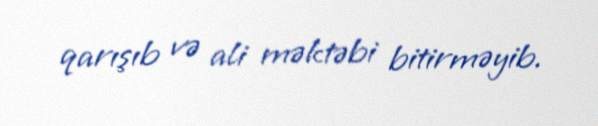
qarışıb və ali məktəbi bitirməyib.